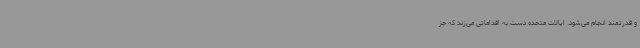
و قدرتمند انجام می‌شود. ایالات‌ متحده دست به اقداماتی می‌زند که جز